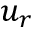
u _ { r }